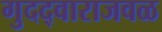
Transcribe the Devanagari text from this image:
गुदद्वाराजवळ